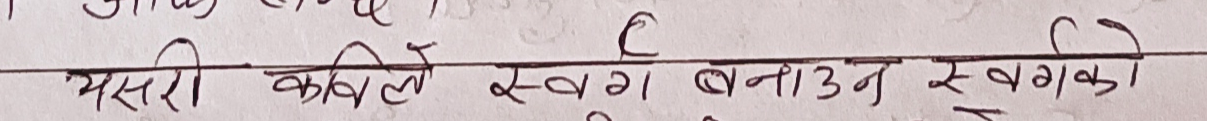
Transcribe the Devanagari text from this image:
यसरी कविले स्वर्ग बनाउने स्वर्गको